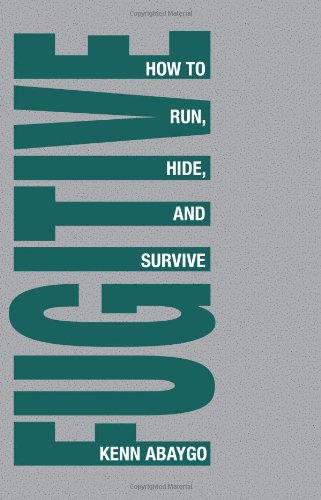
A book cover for Fugitive!: How To Run, Hide, And Survive; Kenn Abaygo; Sports & Outdoors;